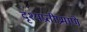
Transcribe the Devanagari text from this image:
दृश्यप्रतीप्रमाणे